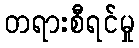
တရားစီရင်မှု